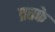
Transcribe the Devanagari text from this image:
व्रतके